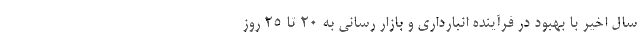
سال اخیر با بهبود در فرآینده انبارداری و بازار رسانی به 20 تا 25 روز